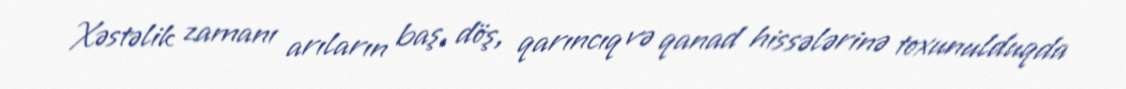
Xəstəlik zamanı arıların baş, döş, qarıncıq və qanad hissələrinə toxunulduqda